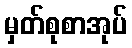
မှတ်စုစာအုပ်